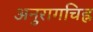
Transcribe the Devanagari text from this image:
अनुरागचिह्न